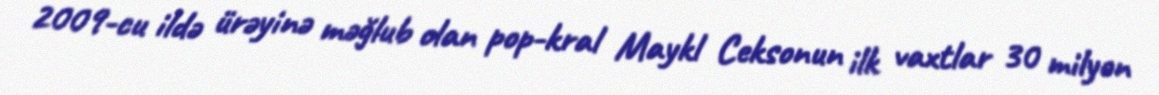
2009-cu ildə ürəyinə məğlub olan pop-kral Maykl Ceksonun ilk vaxtlar 30 milyon